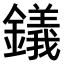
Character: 𫓔